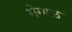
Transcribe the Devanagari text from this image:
भेगाळ